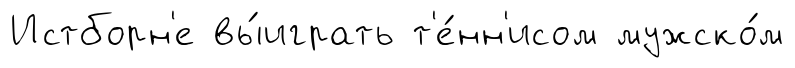
Истборн'е вы́играть т'е́нн'исом мужско́м